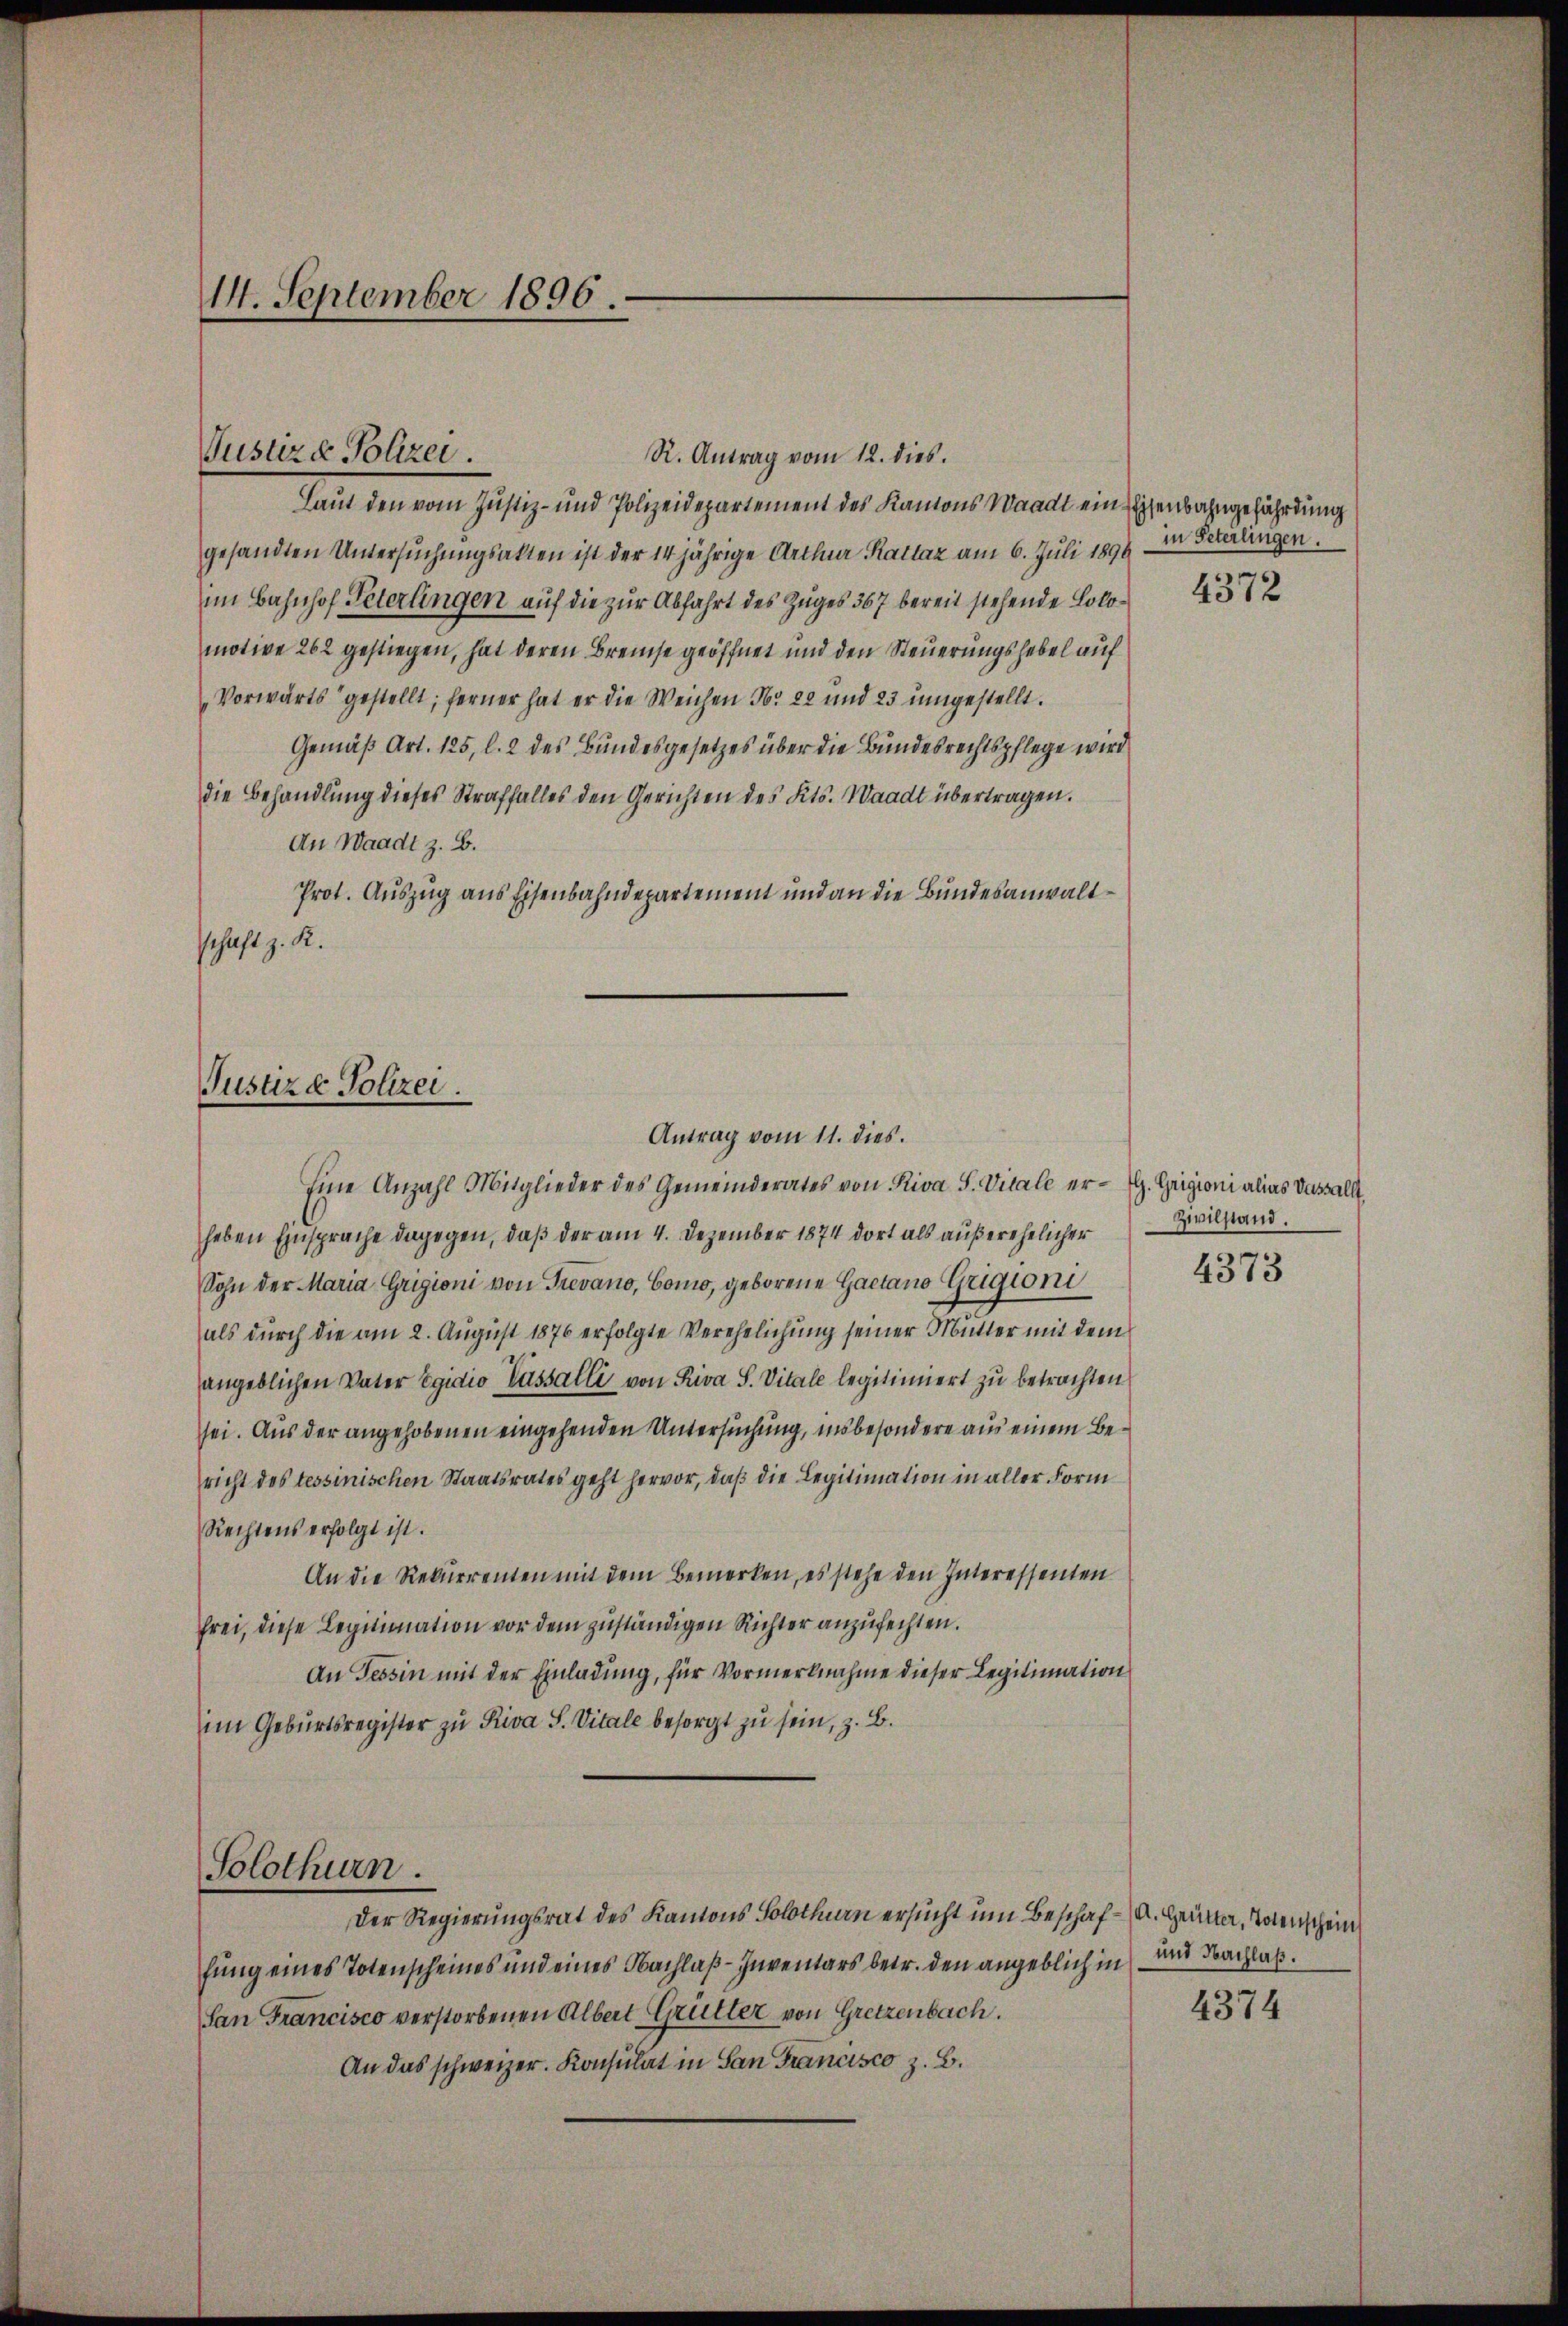
14. September 1896.

Justiz & Polizei

R. Antrag vom 12. dies.
Laut den vom Justiz- und Polizeidepartement des Kantons Waadt ein Eisenbahngefährdung
gesandten Untersuchungsakten ist der 14jährige Arthur Kattaz am 6. Juli 1898 in Peterlingen.
im Bahnhof Peterlingen auf die zur Abfahrt des Zuges 367 bereit stehende Lokomotive 262 gestiegen, hat deren Breise geöffnet und den Steuerungshebel auf
Vorwärts gestellt; ferner hat er die Weichen Nr. 22 und 23 umgestellt.
Gemäß Art. 125, l. 2 des Bundesgesetzes über die Bundesrechtspflege wird
die Behandlung dieses Straffalles den Gerichten des Kts. Waadt übertragen.
An Waadt z. B.
Prot. Auszug aus Eisenbahndepartement und an die Bundesanwaltschaft z. R.

Justiz & Polizei.

Antrag vom 11. dies.
Eine Anzahl Mitglieder des Gemeinderates von Riva S. Vitale er- G. Geigioni alias Vasall
haben Einsprache dagegen, daß der am 4. Dezember 1874 dort als außerehelicher
Sohn der Maria Grigioni von Trevano, Como, geborene Gaetano Grigioni
als durch die am 2. August 1876 erfolgte Verehelichung seiner Mutter mit dem
angeblichen Vater Egidio Cassalli von Riva S. Vitale legitimiert zŭ betrachten
sei. Aus der angehobenen eingehenden Untersuchung, insbesondere aus einem Bericht des tessinischen Staatsrates geht hervor, daß die Legitimation in aller Form
Rechtens erfolgt ist.
An die Rekurrenten mit dem Bemerken, es stehe den Interessenten
frei, diese Legitimation vor dem zuständigen Richter anzufechten.
An Tessin mit der Einladung, für Vormerknahme dieser Legitimation
im Geburtsregister zu Riva S. Vitale besorgt zu sein, z. B.
Solothurn.
Der Regierungsrat des Kantons Solothurn ersucht um Beschaf- u. Heutta, Totenschein
fung eines Totenscheines und eines Nachlaß-Inventars betr. den angeblich in
San Francisco verstorbenen Albert Grütter von Gretzenbach.
An das schweizer. Konsulat in San Francisco z. B.

4372

Zivilstand.
4373

und Nachlaß.

4374